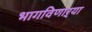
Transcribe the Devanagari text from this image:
भागविणाऱ्या